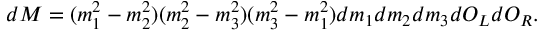
d M = ( m _ { 1 } ^ { 2 } - m _ { 2 } ^ { 2 } ) ( m _ { 2 } ^ { 2 } - m _ { 3 } ^ { 2 } ) ( m _ { 3 } ^ { 2 } - m _ { 1 } ^ { 2 } ) d m _ { 1 } d m _ { 2 } d m _ { 3 } d O _ { L } d O _ { R } .